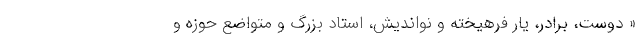
« دوست، برادر، یار فرهیخته و نواندیش، استاد بزرگ و متواضع حوزه و